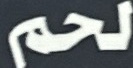
لحم